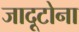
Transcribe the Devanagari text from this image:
जादूटोना